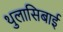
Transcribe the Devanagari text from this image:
थुलासिबाई